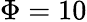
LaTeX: \Phi=10